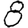
Digit: 8